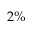
2 \%